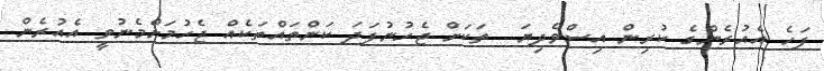
ފަހެ އެއުރެންގެ ކުރިން އިސްވެދިޔަ  ތަކަށް ޖެހުނުފަދަ ކަންތައްތަކެއް ޖެހުމަށްމެނުވީ އެއުރެން